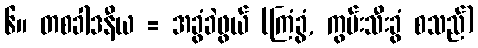
၆။ တစခါဒနီယ = အခွံခဲဖွယ် (ကြံခွံ, ကွမ်းသီးခွံ စသည်)